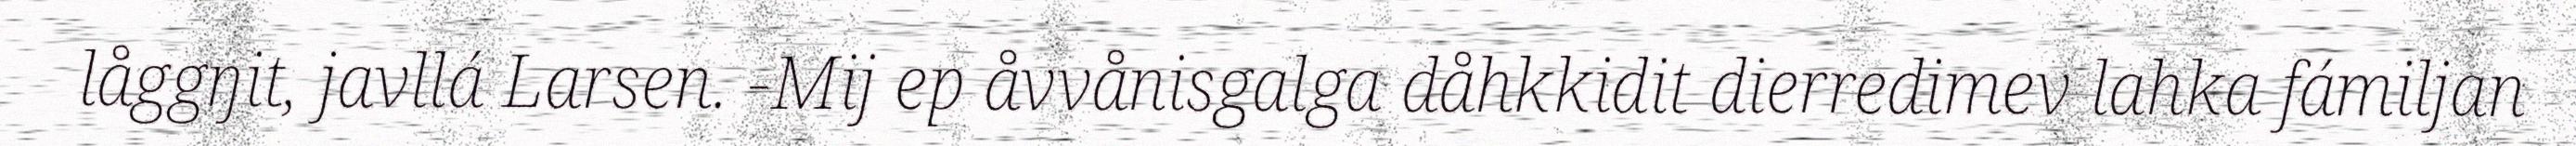
låggŋit, javllá Larsen. -Mij ep åvvånisgalga dåhkkidit dierredimev lahka fámiljan